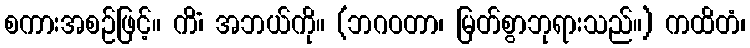
စကားအစဉ်ဖြင့်။ ကိံ၊ အဘယ်ကို။ (ဘဂဝတာ၊ မြတ်စွာဘုရားသည်။) ကထိတံ၊